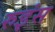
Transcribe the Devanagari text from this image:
रुइंस